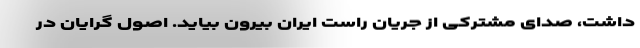
داشت، صدای مشترکی از جریان راست ایران بیرون بیاید. اصول گرايان در